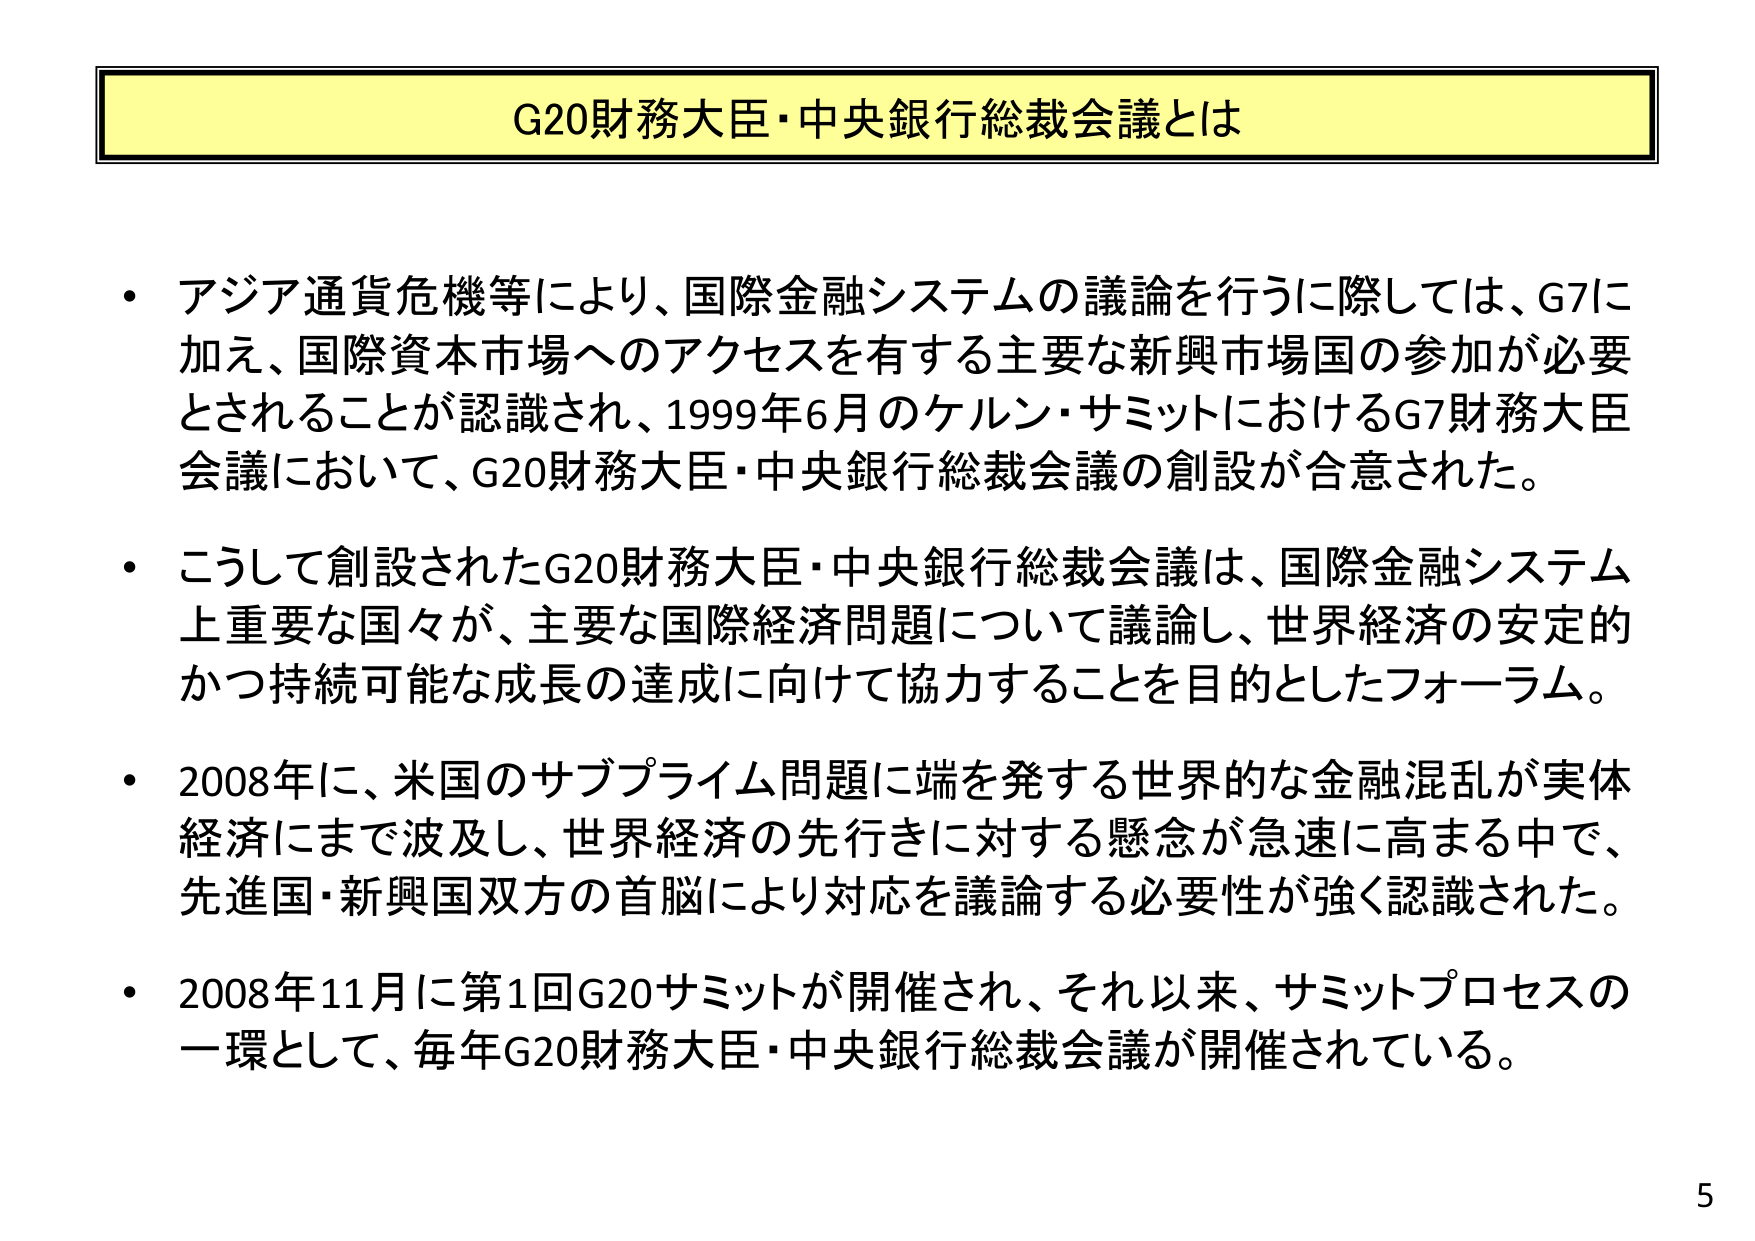
G20財務大臣・中央銀行総裁会議とは

・アジア通貨危機等により、国際金融システムの議論を行うに際しては、G7に加え、国際資本市場へのアクセスを有する主要な新興市場国の参加が必要とされることが認識され、1999年6月のケルン・サミットにおけるG7財務大臣会議において、G20財務大臣・中央銀行総裁会議の創設が合意された。

・こうして創設されたG20財務大臣・中央銀行総裁会議は、国際金融システム上重要な国々が、主要な国際経済問題について議論し、世界経済の安定的かつ持続可能な成長の達成に向けて協力することを目的としたフォーラム。

・2008年に、米国のサブプライム問題に端を発する世界的な金融混乱が実体経済にまで波及し、世界経済の先行きに対する懸念が急速に高まる中で、先進国・新興国双方の首脳により対応を議論する必要性が強く認識された。

・2008年11月に第1回G20サミットが開催され、それ以来、サミットプロセスの一環として、毎年G20財務大臣・中央銀行総裁会議が開催されている。

5